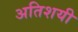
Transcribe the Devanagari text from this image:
अतिशयी